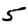
Digit: 5